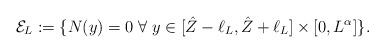
LaTeX: \begin{align*}\mathcal{E}_L := \{N(y) = 0 \;\forall\; y \in [\hat{Z} - \ell_L, \hat{Z} + \ell_L] \times [0,L^\alpha]\}.\end{align*}